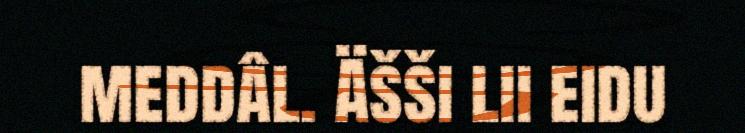
meddâl. Äšši lii eidu